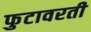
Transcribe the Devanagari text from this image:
फुटावरती